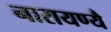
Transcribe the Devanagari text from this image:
नारायण्यै